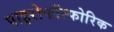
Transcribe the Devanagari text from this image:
पाइरोफॉस्फोरिक